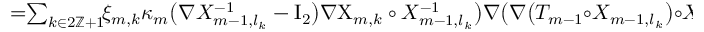
\begin{array} { r l } { \mathrm { ~ } } & { { } = \! \! \sum _ { k \in 2 \ensuremath { \mathbb { Z } } + 1 } \! \! \xi _ { m , k } \kappa _ { m } \bigl ( \nabla X _ { m - 1 , l _ { k } } ^ { - 1 } - \ensuremath { \mathrm { I } _ { 2 } } \bigr ) \nabla { \Chi } _ { m , k } \circ X _ { m - 1 , l _ { k } } ^ { - 1 } \bigr ) \nabla \bigl ( \nabla \bigl ( T _ { m - 1 } { \circ } X _ { m - 1 , l _ { k } } \bigr ) { \circ } X _ { m - 1 , l _ { k } } ^ { - 1 } \bigr ) } \end{array}